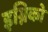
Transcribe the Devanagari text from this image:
इग्निको